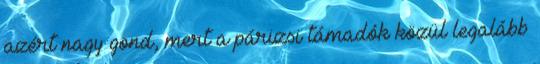
azért nagy gond, mert a párizsi támadók közül legalább